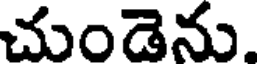
చుండెను.